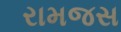
રામજસ